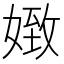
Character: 𡟹